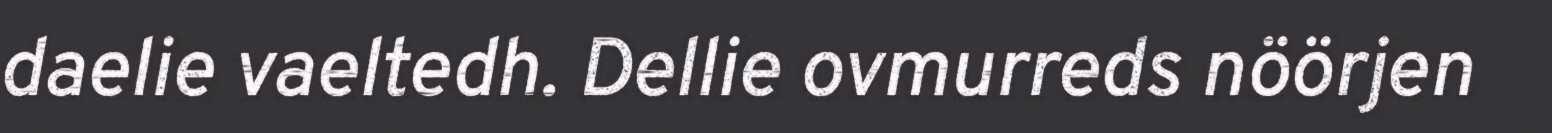
daelie vaeltedh. Dellie ovmurreds nöörjen